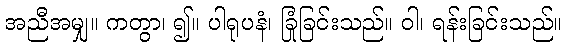
အညီအမျှ။ ကတွာ၊ ၍။ ပါရုပနံ၊ ခြုံခြင်းသည်။ ဝါ၊ ရန်းခြင်းသည်။